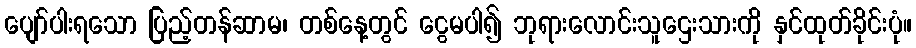
ပျော်ပါးရသော ပြည့်တန်ဆာမ၊ တစ်နေ့တွင် ငွေမပါ၍ ဘုရားလောင်းသူဌေးသားကို နှင်ထုတ်ခိုင်းပုံ။